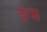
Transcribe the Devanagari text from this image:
इंग्स